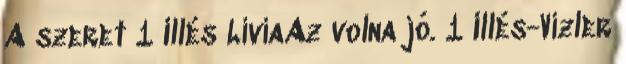
A szeret 1 Illés LíviaAz volna jó. 1 Illés-Vizler